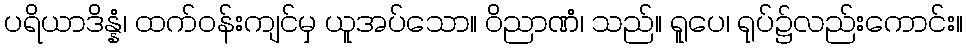
ပရိယာဒိန္နံ၊ ထက်ဝန်းကျင်မှ ယူအပ်သော။ ဝိညာဏံ၊ သည်။ ရူပေ၊ ရုပ်၌လည်းကောင်း။